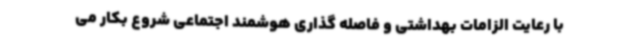
با رعایت الزامات بهداشتی و فاصله گذاری هوشمند اجتماعی شروع بکار می